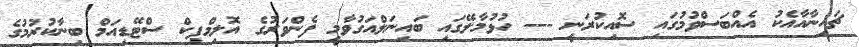
ޗައިނާއާއެކު އެއްބަސްވުމުގައި ސޮއިކުރަނީ --- ހުޅުމާލޭގައި ބައިނަލްއަގުވާމީ ފެންވަރުގެ އޮލިމްޕިކް ސްޓޭޑިއަމް ބިނާކުރުމުގެ